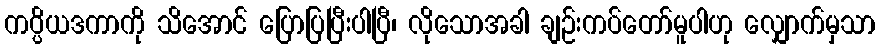
ကပ္ပိယဒကာကို သိအောင် ပြောပြပြီးပါပြီ၊ လိုသောအခါ ချဉ်းကပ်တော်မူပါဟု လျှောက်မှသာ